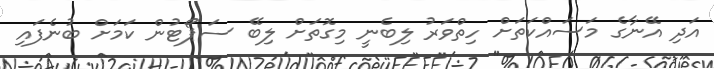
އަދި އޭނާގެ މަސައްކަތަށް ހިތްވަރު ލިބެނީ މިގޮތަށް ލިބޭ ސަޕޯޓުން ކަމަށް ބުނެފައި